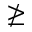
\ngeq